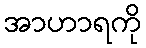
အာဟာရကို